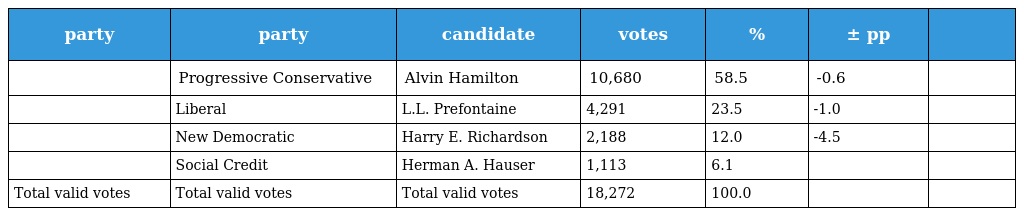
| party | party | candidate | votes | % | ± pp |  |
 | --- | --- | --- | --- | --- | --- | --- |
 |  | Progressive Conservative | Alvin Hamilton | 10,680 | 58.5 | -0.6 |  |
 |  | Liberal | L.L. Prefontaine | 4,291 | 23.5 | -1.0 |  |
 |  | New Democratic | Harry E. Richardson | 2,188 | 12.0 | -4.5 |  |
 |  | Social Credit | Herman A. Hauser | 1,113 | 6.1 |  |  |
 | Total valid votes | Total valid votes | Total valid votes | 18,272 | 100.0 |  |  |